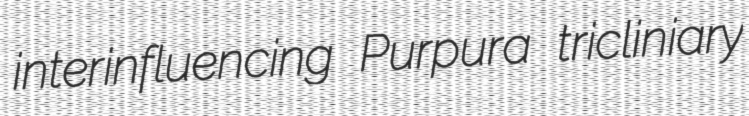
interinfluencing Purpura tricliniary